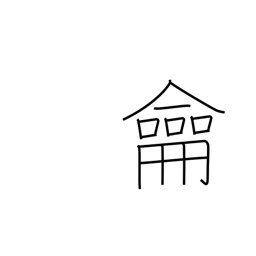
Meaning: flute